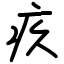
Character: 疚